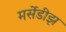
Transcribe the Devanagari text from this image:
मर्सेडीझ